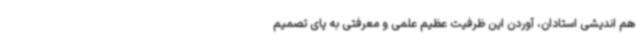
هم اندیشی استادان، آوردن این ظرفیت عظیم علمی و معرفتی به پای تصمیم